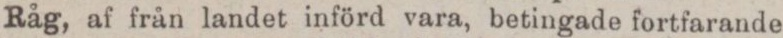
Råg, af från landet införd vara, betingade fortfarande